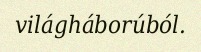
világháborúból.